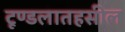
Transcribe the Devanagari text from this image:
टूण्डलातहसील